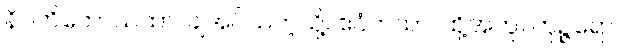
နိပတိတောယထာ၊ ချအပ်သကဲ့သို့။ ဧဝံတထာ၊ ထို့အတူ။ ကုဉ္ဇရော၊